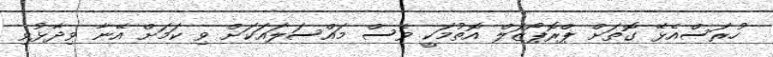
ހުރަސްއެޅޭ ގޮތަށް ޕްރޮޕޯޒަލް އޮތުމަކީ ވެސް މައްސަލައަކަށް ވި ކަމަށް އޭނާ ވިދާޅުވި